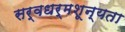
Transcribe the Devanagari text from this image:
सर्वधर्मशून्यता